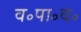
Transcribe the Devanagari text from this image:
व॰पा॰व॰